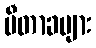
မီတာခများ